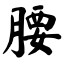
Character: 腰